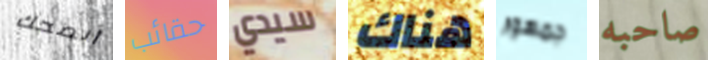
أنصحك حقائب سيدي هناك جمهور صاحبه